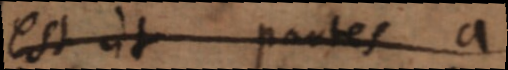
est ut partes a